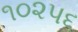
૧૦૨૫૬